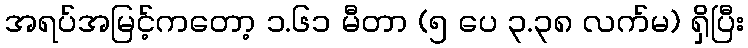
အရပ်အမြင့်ကတော့ ၁.၆၁ မီတာ (၅ ပေ ၃.၃၈ လက်မ) ရှိပြီး